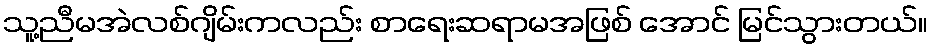
သူ့ညီမအဲလစ်ဂျိမ်းကလည်း စာရေးဆရာမအဖြစ် အောင် မြင်သွားတယ်။